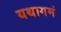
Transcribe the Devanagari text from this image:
यथागमं